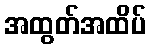
အထွတ်အထိပ်